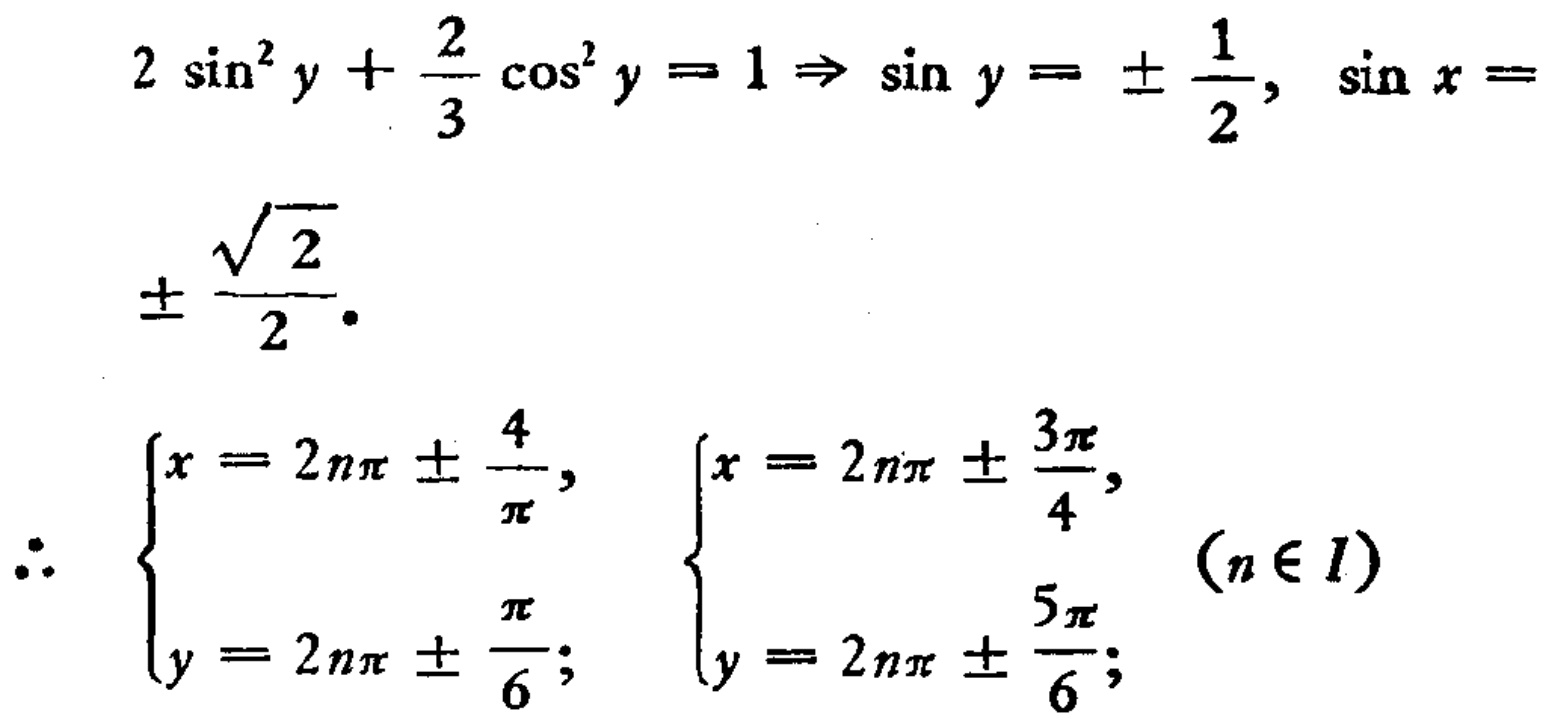
\[
\begin{align*}
2\sin^{2}y+\frac{2}{3}\cos^{2}y = 1&\Rightarrow\sin y=\pm\frac{1}{2},\sin x=\pm\frac{\sqrt{2}}{2}.\\
\therefore
\begin{cases}
x = 2n\pi\pm\frac{4}{\pi},\\
y = 2n\pi\pm\frac{\pi}{6};
\end{cases}
\begin{cases}
x = 2n\pi\pm\frac{3\pi}{4},\\
y = 2n\pi\pm\frac{5\pi}{6};
\end{cases}(n\in I)
\end{align*}
\]